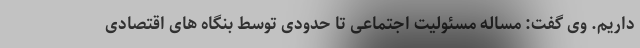
داریم. وی گفت: مساله مسئولیت اجتماعی تا حدودی توسط بنگاه های اقتصادی